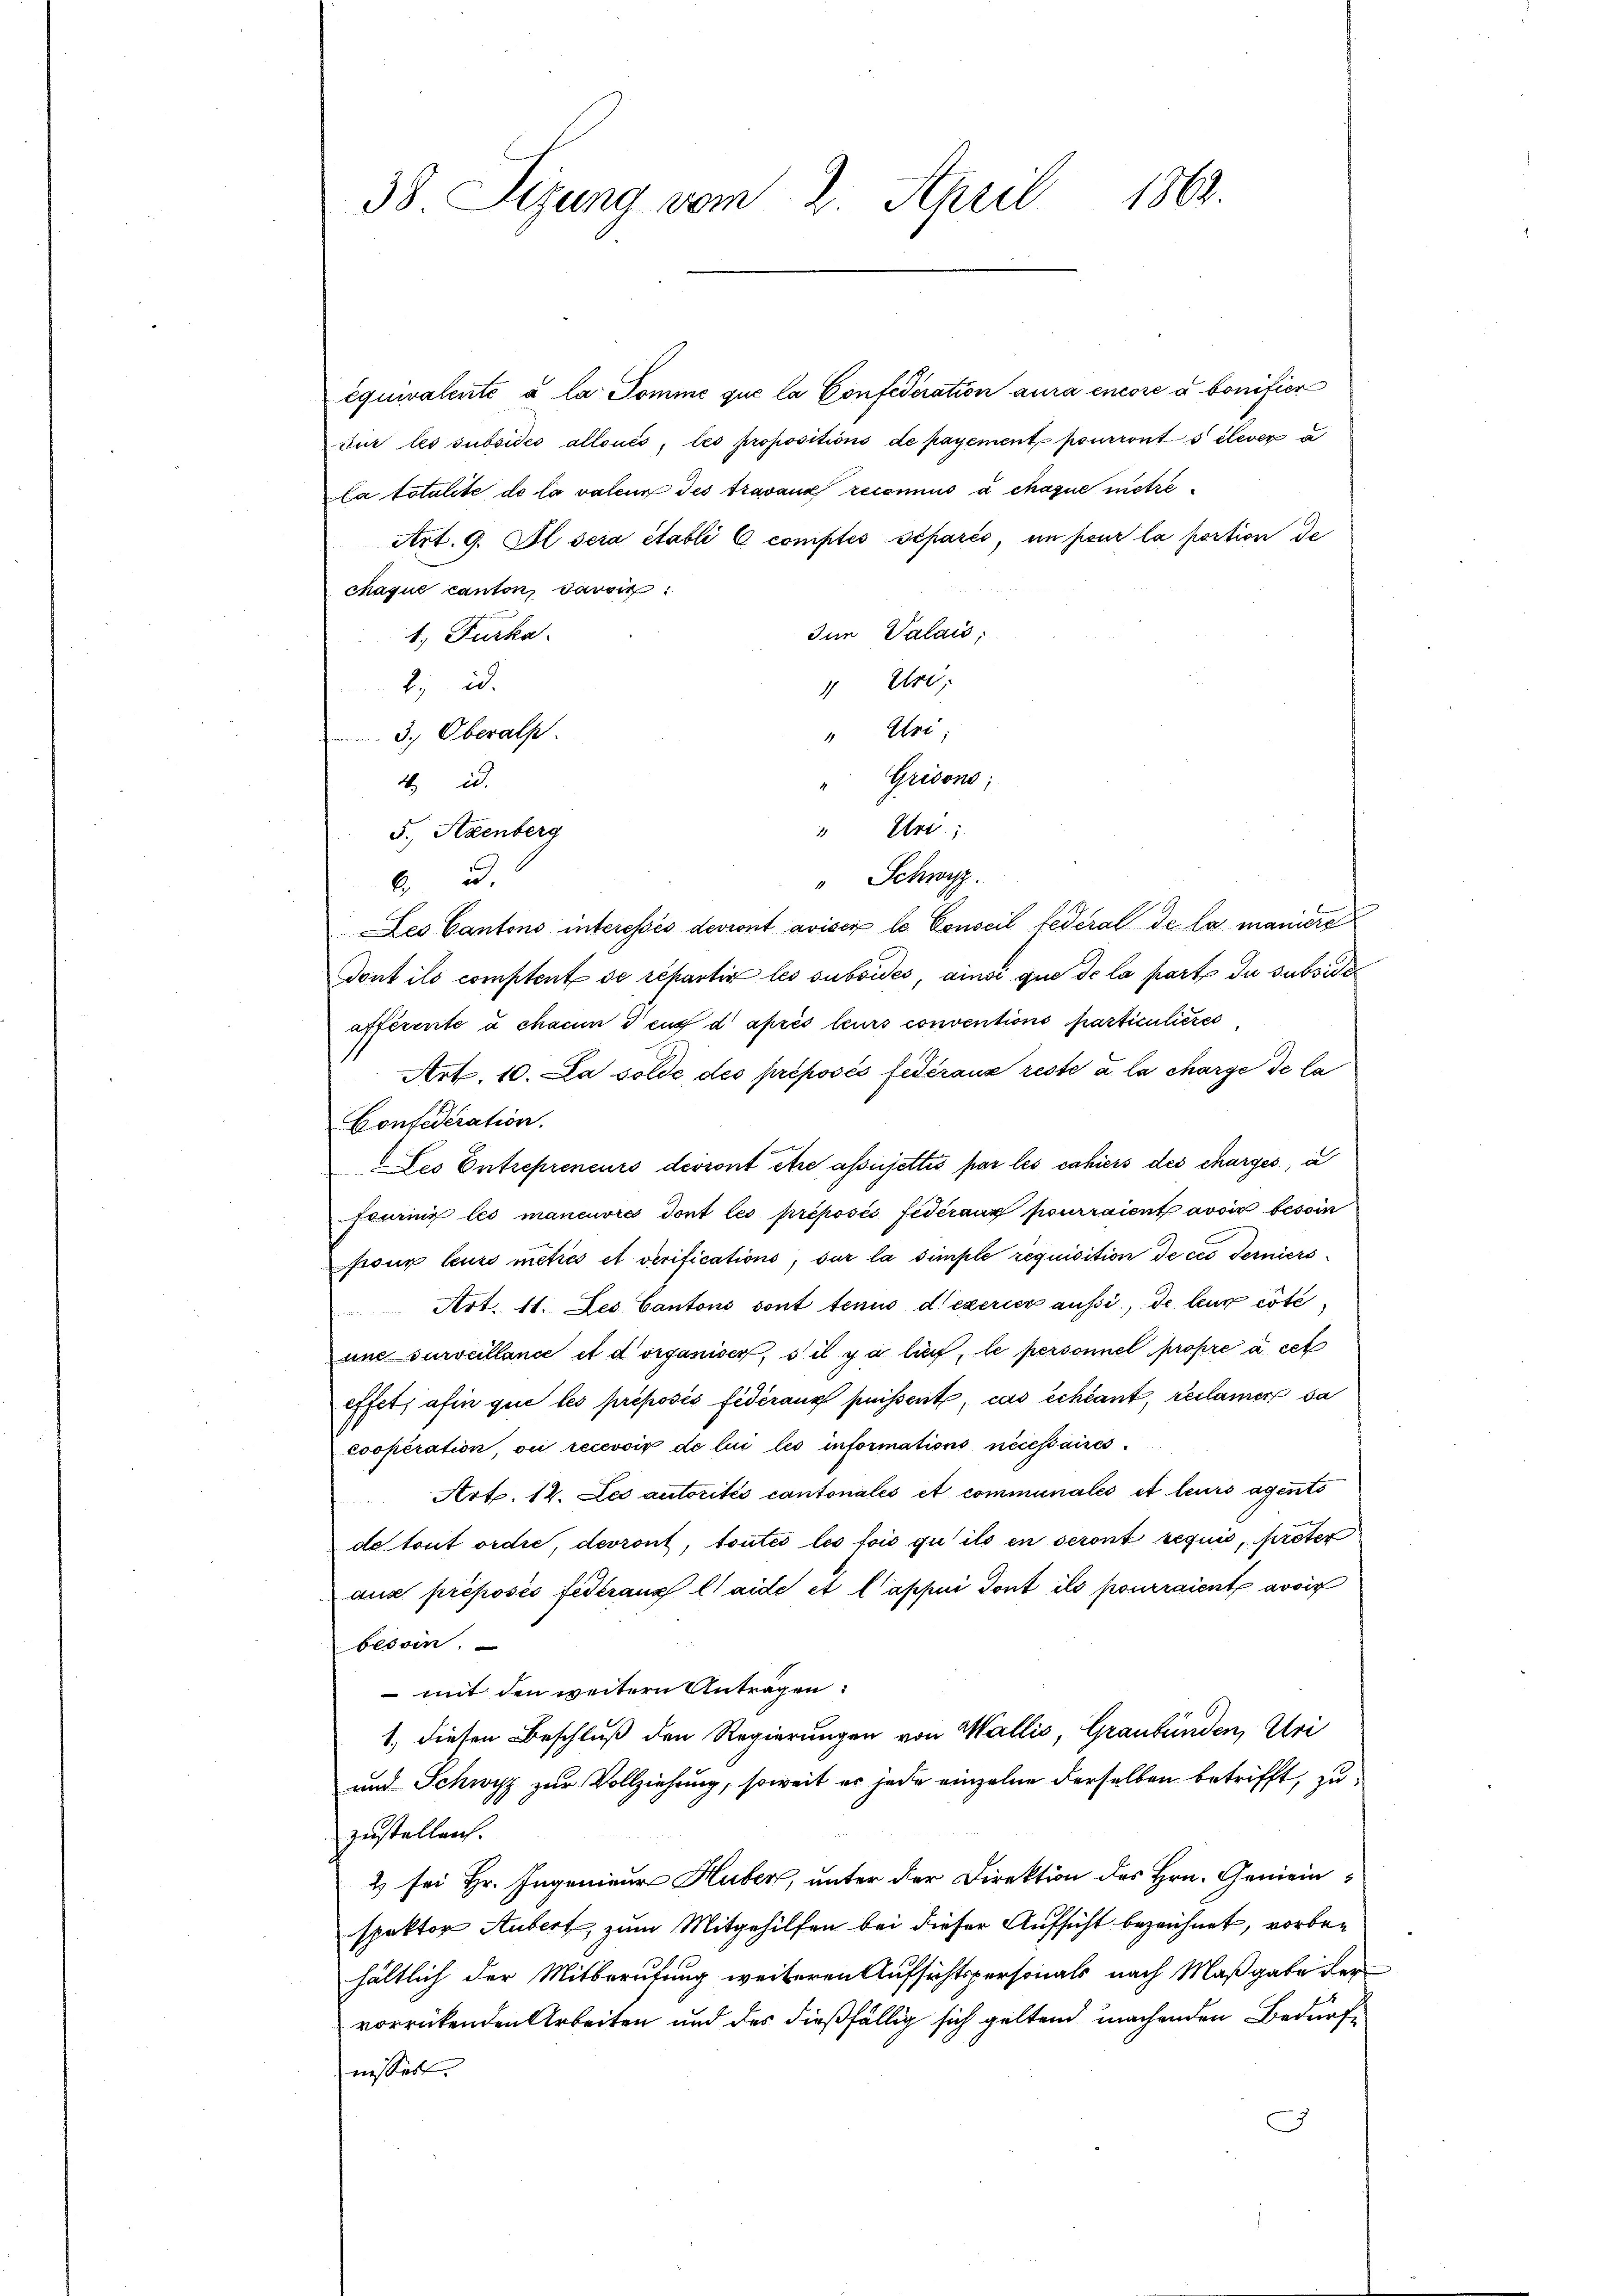
38. Sezung vom 2. April 1863.

équivalente à la Pomme que la Confederation aura encore a bonifier
Jur les subsides alloués, les propositions de payement pourront s élever u
la totalite de la valeur des travaux reconnus à chaque metre¬
Art. 9. Il sera établi C comptés séparés, in pour la portion de
chaque canton, davoir
Inn Valais;
1. Furka
Ore
2. d.
4
" Uri
3. Oberalp
Grisons;
4 u.
" Eri
5. Axenberg
" Schwyz.
u.
6.
Les Cantons interessés devront aviser le Conseil fédéral de la maniere
Tont ils comptent de repartir les subsides, ainsi que de la parte du subside
afferente à chaum dens d’après leurs conventions particulieres
Art. 10. La solde des préposés fédéraux reste a la charge de la
Confederation.
des Entrepreneurs devront être assujettis par les cahiers des charges, u
Fonring les mancuvres dont les préposés fédéraux pourraient avoir besoin
pour leurs metrés et verifications, sur la simple requisition de ces Terniers
Art. 11. Les Cantons sont tenus d’exerier aussi, de leur côté,
une surveillance et dorganiser, s’il y a lieu, le personnel propre à cet
effet, afin que les préposés fédéraux puissent, cas échéant, reclamer sa
esoperation, ou recevoir de lui les informations nécessaires¬
Art. 12. Les autorités cantonales et communales et leurs agents
de tout ordie, devront, toutes les fois qu’ils en seront requis, preter
aus préposés fideranz laide et l’appui dont ils pourraient avoir
besoin.
 mit den weitern Antragen:
1. diesen Beschluß den Regierungen von Wallis, Graubünden, Uri
und Schwyz zur Vollziehung, soweit er jede einzelne derselben betrifft, zu
zustellen.
2 sei Hr. Ingenieur Huber, unter der Direktion des Hrn. Gemeinspektor Hubert, zum Mitgehilfen bei dieser Aufsicht bezeichnet, vorbehältlich der Mitberufung weiteren Aufsichtspersonals nach Maßgabe der
vorrückenden Arbeiten und des dießfällig sich geltend machenden Bedürfnissert.